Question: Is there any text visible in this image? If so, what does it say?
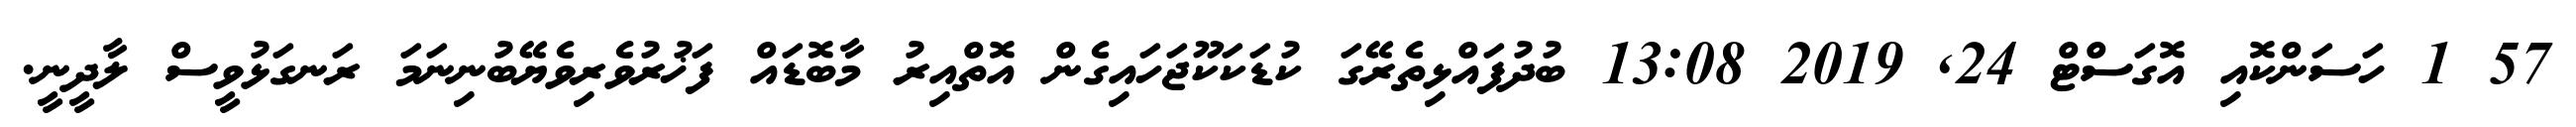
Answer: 57 1 ހަސަންކޮއި އޮގަސްޓް 24, 2019 13:08 ބުދުފައްޅިތެރޭގަ ކުޑަކަކޫޖަހައިގެން އޮތްއިރު މާބޮޑައް ފަޚުރުވެރިވެޔޭބުނިނަމަ ރަނގަޅުވީސް ލާދީނީ.